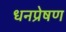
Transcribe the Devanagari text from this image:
धनप्रेषण